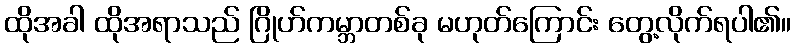
ထိုအခါ ထိုအရာသည် ဂြိုဟ်ကမ္ဘာတစ်ခု မဟုတ်ကြောင်း တွေ့လိုက်ရပါ၏။